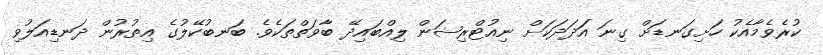
ކުރެވެމާއެކު ހަށިގަނޑަށް ގިނަ އަަދަދަކަށް ނިއުޓްރިޝަން ލިއްބައިދޭ ބާވަތްތަކެވެ. ބަނބުކޭލުގެ އިތުރުން ދަނޑިއަލުވި